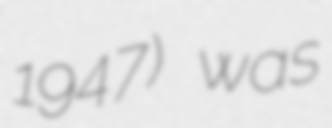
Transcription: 1947) was